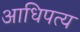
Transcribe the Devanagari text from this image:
अाधिपत्य